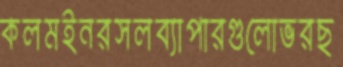
কলমইনরসলব্যাপারগুলোভরছ